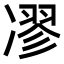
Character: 𠗽